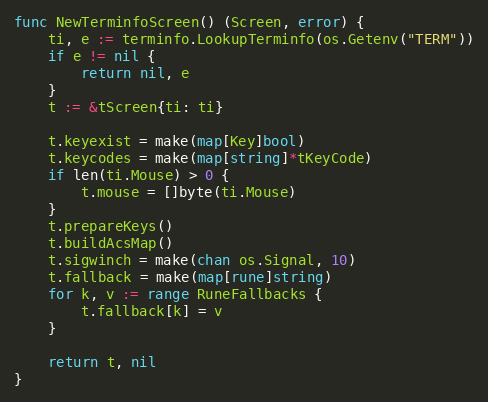
Language: Go
func NewTerminfoScreen() (Screen, error) {
	ti, e := terminfo.LookupTerminfo(os.Getenv("TERM"))
	if e != nil {
		return nil, e
	}
	t := &tScreen{ti: ti}

	t.keyexist = make(map[Key]bool)
	t.keycodes = make(map[string]*tKeyCode)
	if len(ti.Mouse) > 0 {
		t.mouse = []byte(ti.Mouse)
	}
	t.prepareKeys()
	t.buildAcsMap()
	t.sigwinch = make(chan os.Signal, 10)
	t.fallback = make(map[rune]string)
	for k, v := range RuneFallbacks {
		t.fallback[k] = v
	}

	return t, nil
}